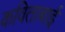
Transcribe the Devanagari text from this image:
कविताबाई